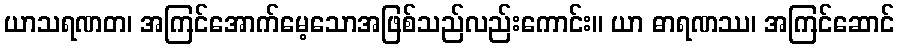
ယာသရဏတ၊ အကြင်အောက်မေ့သောအဖြစ်သည်လည်းကောင်း။ ယာ ဓာရဏဿ၊ အကြင်ဆောင်